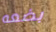
بضعه